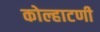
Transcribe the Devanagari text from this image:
कोल्हाटणी